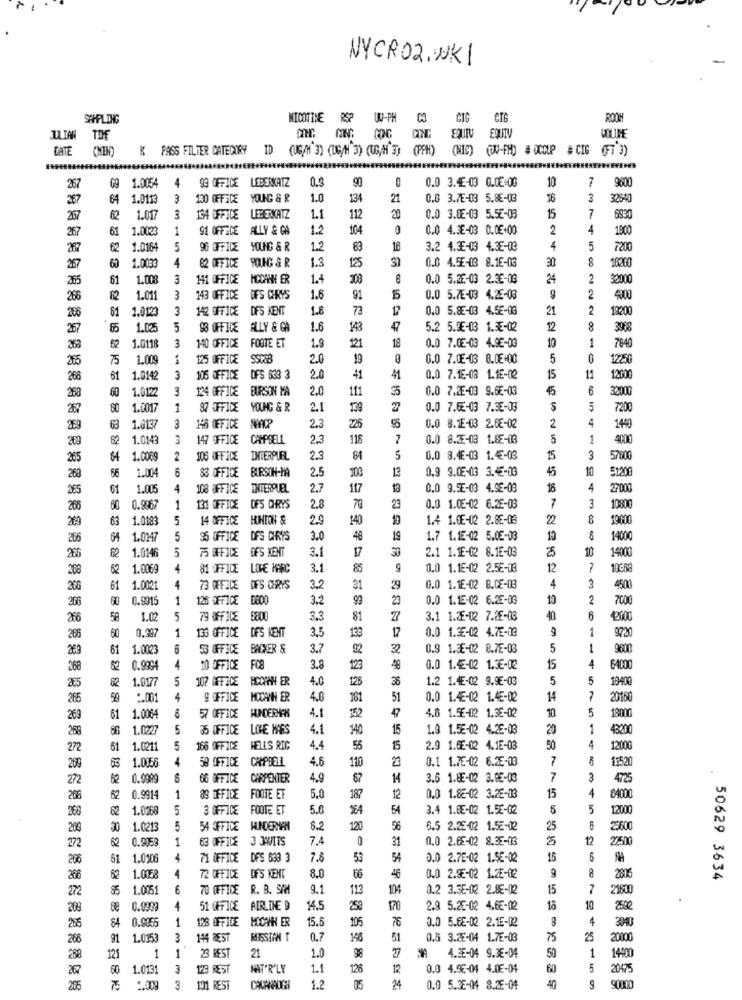
NYCRO2, WKI
SPHPLING
NICOTINE R$?
0-PH
CIG
ROOH
ILIAN
CING
EQUIV EQUIV
DATE
CHEN)
K PASS FILTER CATEGORY ID (UG/M 3) (UG/H 3) (UG/M 3) (PFH)
(NIC) (UV-FH) # OCCUP # CIG (FT 3)
4
99 OFFICE LEBERKATZ
0.3
0.0 3.4-03 0.0€:00
10
7
9600
267
09 1.0054
90
287
64 1.0113
3
130 OFFICE
YOUNG & R
1.0
134
21
0.8 3.7E-03 5.88-03
3
32640
267
62
1.01
3
134 OFFICE
LEBERKATZ
1.1
112
20
0.0 3.0E-03 5.52-03
15
7
6830
61
1.0024
1
91 OFFICE
ALLY & GS
1.2
104
0
0.0 4.3E-03 0.0€+00
2
4
1900
267
267
62
1.0164
5
96 OFFICE
YOUNG & R
1.2
83
16
3.2 4.35-03 4.38-03
4
5
7200
62
1.003
4
62 OFFICE
YOUNG & R
1.3
125
31
0.0 4.5E-13 8.1E-03
8
18200
267
265
61
1.008
3
141 OFFICE
MCCANN ER
1.4
308
0.0 5.25-03 2.35-03
2
32000
266
1.011
3
143 OFFICE
DFS CHRYS
1.6
91
0.0 5.7E-03 4.26-03
2
4000
208
61
1.012
3
142 OFFICE
DFS MENT
1.6
73
0.0 5.8E-03 4.5E-03
21
2
13200
257
1.02
5
93 OFFICE
ALLY & GA
1.6
143
47
5.2 5.95-03 1.3E-02
12
8
3968
52
FOOTE ET
0.0 7.0E-03 4.9E-03
10
1
268
1.0118
3
140 OFFICE
1.9
121
18
7840
265
15
1.00
125 OFFICE
2.0
19
0.0 7.CE-03 0.0€+00
5
1250
266
61
1.0142
3
105 OFFICE
DFS 633 3
2.0
41
41
0.0 7.15-03 1.16-02
15
11
12000
60
1.0122
3
124 OFFICE
BURSON MA
2.0
111
3
0.0 7.2E-03 9.6E-03
6
32000
268
80
1.0017
1
87 OFFICE
YOUNG & R
2.1
139
27
0.0 7.6-03 7.36-03
5
7200
63
55
4
269
1.8137
3
148 OFFICE
2.3
26
0.0 8.1E-03 2.6E-02
2
1440
62
1.0143
3
147 FFICE
CAMPBELL
2.3
116
0.0 8.25-03 1.85-03
1
4000
205
1.0069
2
105 OFFICE
INTERPUEL
2.3
84
5
0.0 8.4E-03 1.45-03
3
57800
66
1.004
6
BURSON-HA
2.5
13
0.9 9.05-03 3.45-03
45
10
51200
263
33 OFFICE
100
265
61
1.00
4
108 OFFICE
INTERQUEL
2.7
117
18
0.0 9.5E-03 4.9E-08
16
4
27000
266
60
0.9967
1
131 OFFICE
OFS CHRYS
2.8
70
23
0.0 1.05-02 6.26-03
7
3
10800
209
63
1.018
5
14 OFFICE
HHION &
2.9
140
1.4 1.05-02 2.8E-03
22
8
19600
266
64
1.0147
5
95 OFFICE DFS CHRYS
3.0
48
19
1.7 1.15-02 5.05-03
10
14000
62
1.0146
5
75 GFFICE DFS MENT
3.1
17
2.1 1.1E-02 8.1E-03
25
10
14000
26
208
1.006g
4
31 OFFICE
LOHE MARC
3.1
85
9
0.0 1.16-02 2.5E-03
12
266
61
1.002
4
73 OFFICE
OF'S CHRYS
32
31
29
0.0 1.15-02 8.CE-03
3
4500
266
60
0.991
1
126 OFFICE
3.2
99
23
0.0 1.15-02 6.2E-03
10
2
7000
26
58
1.02
5
79 OFFICE
5800
3.3
81
27
3.1 1.2E-02 7.26-03
40
6
60
0.99
1
133 OFFICE
133
1
9720
266
DFS KENT
3.5
17
0.0 1.35-02 4.7E-13
289
61
1.0023
6
53 OFFICE
BAIXER &
3.7
92
32
0.9 1.35-02 8.7E-03
5
1
9600
268
62
0.9991
4
10 OFFICE
FC8
3.8
123
48
0.0 1.4-02 1.3€-02
15
4
62
1.0177
5
107 OFFICE
HCCHAN ER
4.0
125
36
1.2 1.4E-02 9.96-03
5
5
19400
265
59
1.00
4
9 OFFICE
HOCANH ER
4.0
181
51
0.0 1.45-02 1.45-02
14
7
20160
HUNDERHAK
4.1
4.6 1.56-02 1.3E-02
10
5
269
61 1.0064
57 OFFICE
18000
286
1.0227
35 OFFICE LOHE MARS
4.1
140
15
1.9 1.55-02 4.25-03
20
1
43200
272
51
1.021
5
166 OFFICE
HELLS RIC
4.4
55
5
2.9 1.GE-02 4.1E-03
50
4
12000
63
1.0856
4
59 OFFICE CAMPBELL
4.6
110
23
0.1 1.7E-02 6.35-03
11520
200
272
62
0.0999
06 OFFICE
CARPENTER
4.9
67
14
3.6 1.HE-02 3.05-03
7
3
4725
15
4
206
62
0.9914
1
89 OFFICE FOOTE ET
5.0
187
12
0.0 1.82-02 3.2E-03
04000
268
1.0165
5
3 OFFICE
FOOTE ET
5.0
54
3.4 1.85-02 1.5E-02
5
12000
30
1.0213
5
54 OFFICE HUNDERMAN
6.2
120
56
6.5 2.25-02 1.55-02
25
23600
62
0.9059
1
63 OFFICE
J JWITS
7.4
0
31
0.0 2.65-02 8.35-03
5
12
22500
272
286
61
1.0106
4
71 OFFICE DFS 633 3
7.8
53
54
0.0 2.7E-02 1.5E-02
15
6
8
266
62
1.0058
4
72 OFFICE
DFS MENT
8.0
66
46
0.0 2.95-02 1.2E-02
50629 3634
272
1.005
70 OFFICE R. B. SAM
9.1
113
104
8.2 3.3E-02 2.8€-02
15
7
21600
200
68 0.9999
4
51 OFFICE AIRLINE 9
14.5
250
2.9 5.25-02 4.6E-02
18
10
2500
84
0.9955
1
12S OFFICE
HOWH ER
15.5
105
76
0.0 5.6E-02 2.1E-02
8
4
255
266
91
1.0353
3
144 REST
0.7
146
51
0.5 3.26-04 1.7E-03
75
25
1
23 REST
27
4.3E-04 9.38-04
50
1
14000
288
121
1
21
1.0
60
1.0131
3
123 REST
HAT'R'LY
1.1
126
12
0.0 4.95-04 4.05-04
60
5
20475
1.2
05
205
3
101 REST
CAVANAUGH
24
0.0 5.38-04 8.2E-01
40